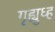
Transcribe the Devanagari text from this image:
गृह्युध्ह